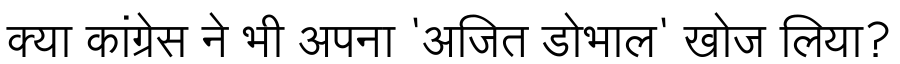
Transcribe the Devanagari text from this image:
क्या कांग्रेस ने भी अपना 'अजित डोभाल' खोज लिया?